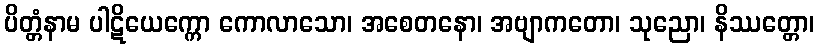
ပိတ္တံနာမ ပါဋိယေက္ကော ကောလာသော၊ အစေတနော၊ အဗျာကတော၊ သုညော၊ နိဿတ္တော၊